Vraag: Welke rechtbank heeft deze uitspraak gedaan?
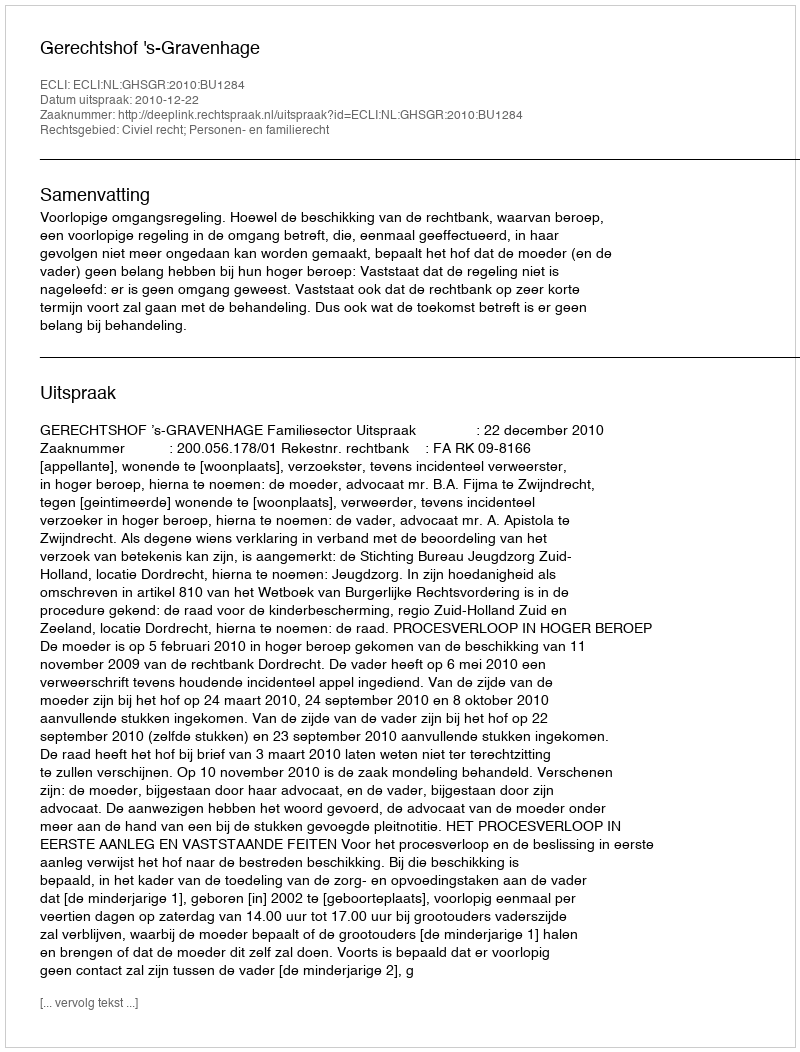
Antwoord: Gerechtshof 's-Gravenhage